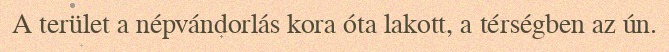
A terület a népvándorlás kora óta lakott, a térségben az ún.